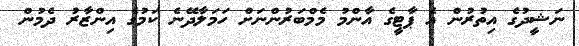
ނަޝީދުގެ އިތުރުން އެ ޕާޓީގެ އާންމު މެމްބަރުންނަށް ހަމަލާދޭނެ ކަމުގެ އިންޒާރު ދެމުން